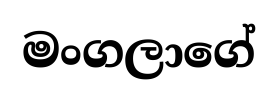
මංගලාගේ